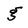
Character: g